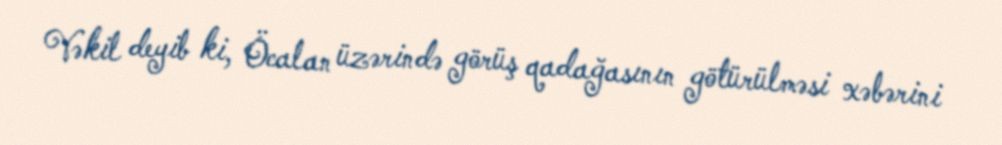
Vəkil deyib ki, Öcalan üzərində görüş qadağasının götürülməsi xəbərini